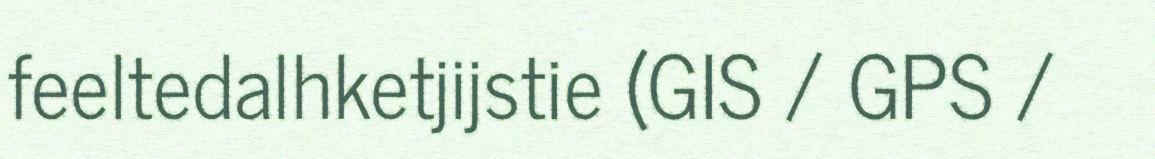
feeltedalhketjijstie (GIS / GPS /